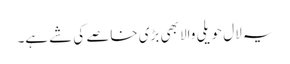
یہ لال حویلی والا بھی بڑی خاصے کی شے ہے۔